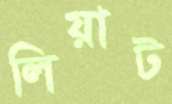
লিয়াট